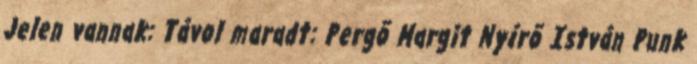
Jelen vannak: Távol maradt: Pergõ Margit Nyírõ István Punk